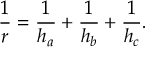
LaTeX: \displaystyle { \frac { 1 } { r } } = { \frac { 1 } { h _ { a } } } + { \frac { 1 } { h _ { b } } } + { \frac { 1 } { h _ { c } } } .